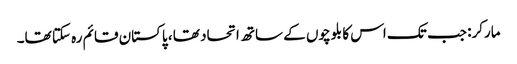
مارکر: جب تک اس کا بلوچوں کے ساتھ اتحاد تھا ، پاکستان قائم رہ سکتا تھا۔